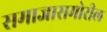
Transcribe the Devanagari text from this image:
समाजासमोरील